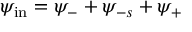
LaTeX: \psi _ { \mathrm { i n } } = \psi _ { - } + \psi _ { - s } + \psi _ { + }